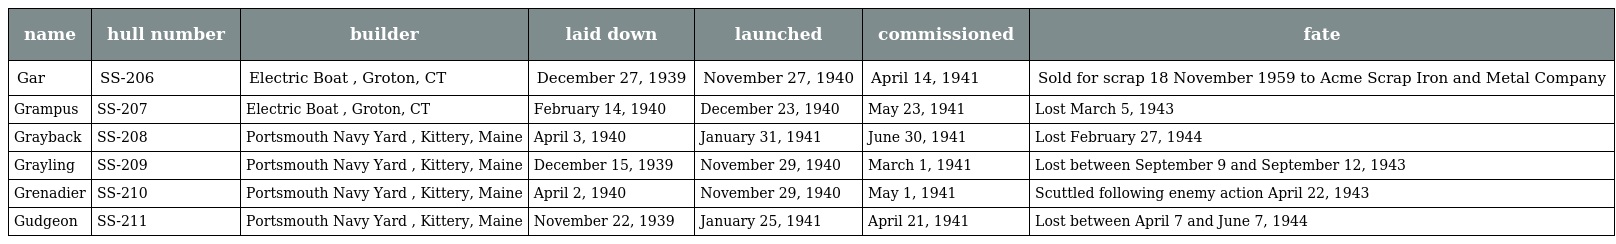
| name | hull number | builder | laid down | launched | commissioned | fate |
 | --- | --- | --- | --- | --- | --- | --- |
 | Gar | SS-206 | Electric Boat , Groton, CT | December 27, 1939 | November 27, 1940 | April 14, 1941 | Sold for scrap 18 November 1959 to Acme Scrap Iron and Metal Company |
 | Grampus | SS-207 | Electric Boat , Groton, CT | February 14, 1940 | December 23, 1940 | May 23, 1941 | Lost March 5, 1943 |
 | Grayback | SS-208 | Portsmouth Navy Yard , Kittery, Maine | April 3, 1940 | January 31, 1941 | June 30, 1941 | Lost February 27, 1944 |
 | Grayling | SS-209 | Portsmouth Navy Yard , Kittery, Maine | December 15, 1939 | November 29, 1940 | March 1, 1941 | Lost between September 9 and September 12, 1943 |
 | Grenadier | SS-210 | Portsmouth Navy Yard , Kittery, Maine | April 2, 1940 | November 29, 1940 | May 1, 1941 | Scuttled following enemy action April 22, 1943 |
 | Gudgeon | SS-211 | Portsmouth Navy Yard , Kittery, Maine | November 22, 1939 | January 25, 1941 | April 21, 1941 | Lost between April 7 and June 7, 1944 |